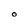
Character: 0